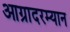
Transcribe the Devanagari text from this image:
आग्रादरम्यान